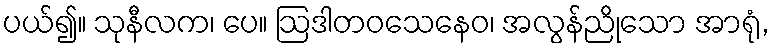
ပယ်၍။ သုနီလက၊ ပေ။ ဩဒါတဝသေနေဝ၊ အလွန်ညိုသော အာရုံ,